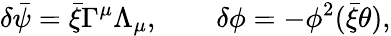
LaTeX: \delta\bar{\psi}=\bar{\xi}\Gamma^{\mu}\Lambda_{\mu},\qquad\delta\phi=-\phi^{2}(\bar{\xi}\theta),